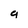
Character: g